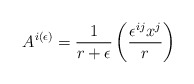
\begin{align*}A^{i(\epsilon)}=\frac{1}{r+\epsilon}\left(\frac{\epsilon^{ij}x^{j}}{r}\right)\end{align*}